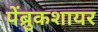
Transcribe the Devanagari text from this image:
पेंब्रुकशायर